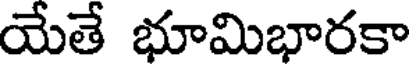
యేతే భూమిభారకా